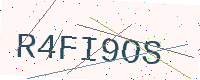
Text: R4FI9OS